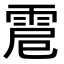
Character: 𩂵